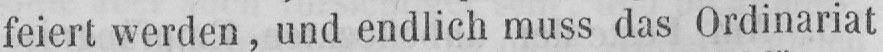
feiert werden, und endlich muss das Ordinariat